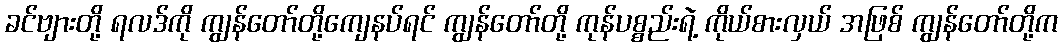
ခင်ဗျားတို့ ရလဒ်ကို ကျွန်တော်တို့ကျေနပ်ရင် ကျွန်တော်တို့ ကုန်ပစ္စည်းရဲ့ ကိုယ်စားလှယ် အဖြစ် ကျွန်တော်တို့က